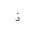
Letter: _thal